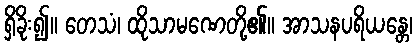
ရှိခိုး၍။ တေသံ၊ ထိုသာမဏေတို့၏။ အာသနပရိယန္တေ၊